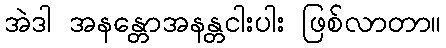
အဲဒါ အနန္တောအနန္တငါးပါး ဖြစ်လာတာ။